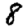
Digit: 8